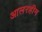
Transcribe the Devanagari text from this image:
आलरहीम